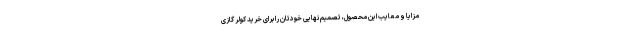
مزایا و معایب این محصول، تصمیم نهایی خودتان را برای خرید کولر گازی